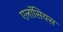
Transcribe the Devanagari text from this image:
एलॉसियस